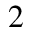
_ 2